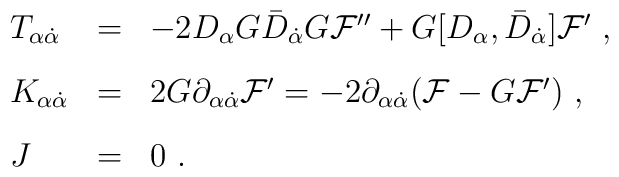
\begin{array}{lll}T_{\alpha{\dot{\alpha}}}&=&-2 D_\alpha G {\bar D}_{\dot{\alpha}} G{\mathcal F}''+ G [D_\alpha,{\bar D}_{\dot{\alpha}}] {\mathcal F}'\ ,\\[3mm]K_{\alpha{\dot{\alpha}}}&=&2G\partial_{\alpha{\dot{\alpha}}}{\mathcal F}'=-2\partial_{\alpha{\dot{\alpha}}}({\mathcal F}-G{\mathcal F}')\ ,\\[3mm]J&=&0\ .\end{array}